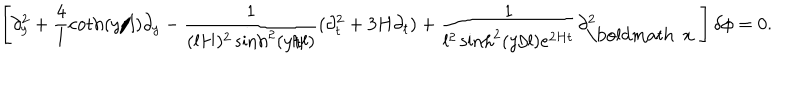
\left[ \partial _ { y } ^ { 2 } + \frac { 4 } { l } \coth ( y / l ) \partial _ { y } - \frac { 1 } { ( l H ) ^ { 2 } \sinh ^ { 2 } ( y / l ) } ( \partial _ { t } ^ { 2 } + 3 H \partial _ { t } ) + \frac { 1 } { l ^ { 2 } \sinh ^ { 2 } ( y / l ) e ^ { 2 H t } } \partial _ { \mathrm { \boldmath ~ x ~ } } ^ { 2 } \right] \delta \phi = 0 .